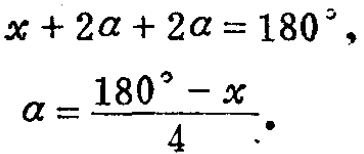
\[
\begin{align*}
x + 2\alpha+ 2\alpha&=180^{\circ},\\
\alpha&=\frac{180^{\circ}-x}{4}.
\end{align*}
\]